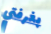
بغرفتي